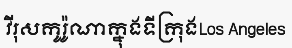
វីរុសកូរ៉ូណាក្នុងទីក្រុងLos Angeles